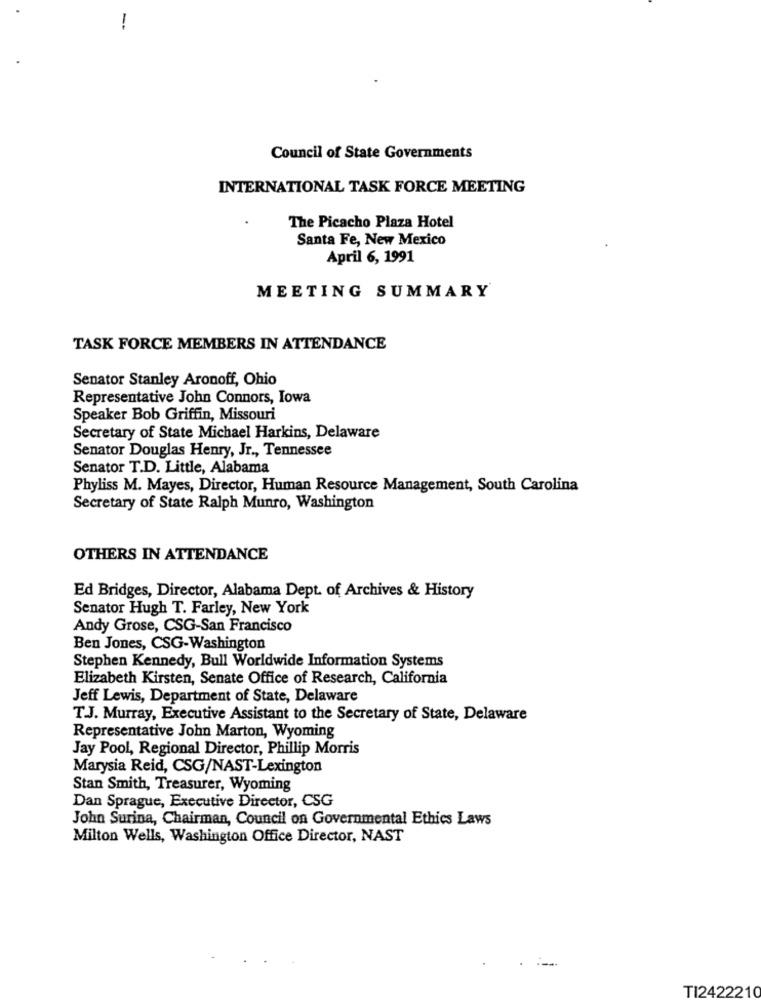
!
Council of State Governments
INTERNATIONAL TASK FORCE MEETING
The Picacho Plaza Hotel
Santa Fe, New Mexico
April 6, 1991
MEETING SUMMARY
TASK FORCE MEMBERS IN ATTENDANCE
Senator Stanley Aronoff, Ohio
Representative John Connors, Iowa
Speaker Bob Griffin, Missouri
Secretary of State Michael Harkins, Delaware
Senator Douglas Henry, Jr ., Tennessee
Senator T.D. Little, Alabama
Phyliss M. Mayes, Director, Human Resource Management, South Carolina
Secretary of State Ralph Munro, Washington
OTHERS IN ATTENDANCE
Ed Bridges, Director, Alabama Dept. of Archives & History
Senator Hugh T. Farley, New York
Andy Grose, CSG-San Francisco
Ben Jones, CSG-Washington
Stephen Kennedy, Bull Worldwide Information Systems
Elizabeth Kirsten, Senate Office of Research, California
Jeff Lewis, Department of State, Delaware
T.J. Murray, Executive Assistant to the Secretary of State, Delaware
Representative John Marton, Wyoming
Jay Pool, Regional Director, Phillip Morris
Marysia Reid, CSG/NAST-Lexington
Stan Smith, Treasurer, Wyoming
Dan Sprague, Executive Director, CSG
John Surina, Chairman, Council on Governmental Ethics Laws
Milton Wells, Washington Office Director, NAST
TI2422210